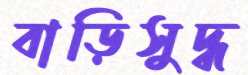
বাড়িসুদ্ধ